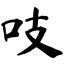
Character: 吱